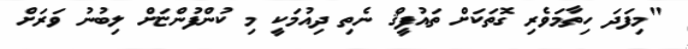
"މިފަދަ ހިތާމަވެރި ގޮތަކަށް ތައުފީޤް ނެތި ދިއުމަކީ މި ކުންފުންޏަށް ލިބުނު ވަރަށް